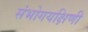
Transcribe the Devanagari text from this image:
संभोगयक्षिणी